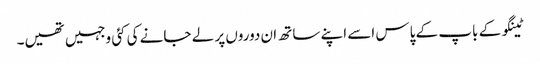
ٹینگو کے باپ کے پاس اسے اپنے ساتھ ان دوروں پر لے جانے کی کئی وجہیں تھیں۔